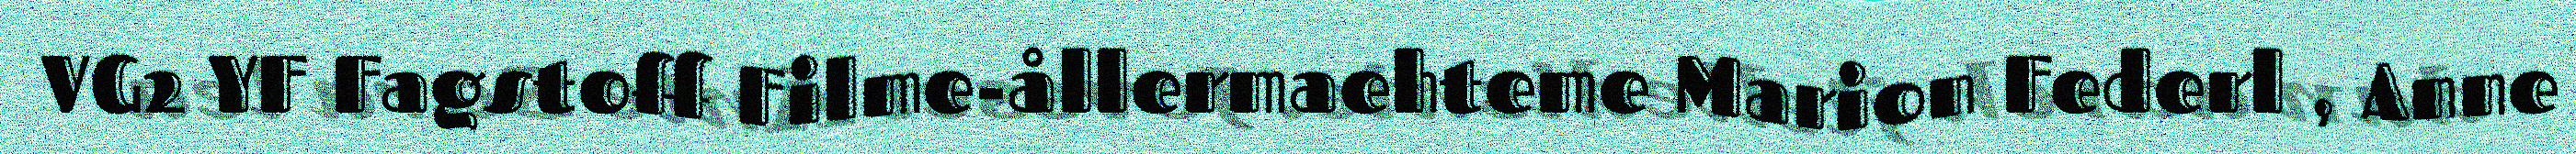
VG2 YF Fagstoff Filme-ållermaehteme Marion Federl , Anne